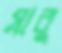
সাবু